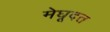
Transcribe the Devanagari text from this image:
मेघूदत